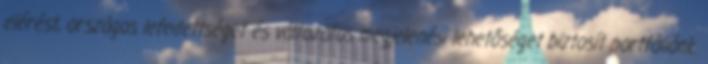
elérést, országos lefedettséget és változatos megjelenési lehetőséget biztosít portfóliónk.